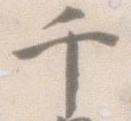
千